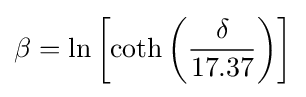
\beta =\ln \left[\coth \left({\frac {\delta }{17.37}}\right)\right]